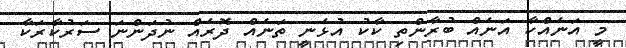
މީ އަނެއްކާ އަނެއް ބުރާންތި ކާކު އުޅެނީ ތަނެއް ދޮރެއް ނުދަންނަ ސަރުކާރަކާ